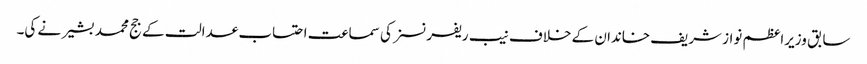
سابق وزیراعظم نواز شریف خاندان کے خلاف نیب ریفرنسز کی سماعت احتساب عدالت کے جج محمد بشیر نے کی۔